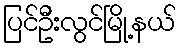
ပြင်ဦးလွင်မြို့နယ်